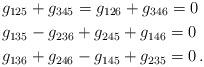
LaTeX: \begin{align*} & g_{125}+g_{345}= g_{126}+g_{346}=0\\ & g_{135}-g_{236}+g_{245}+g_{146}=0\\& g_{136}+g_{246}-g_{145}+g_{235}=0\, .\end{align*}